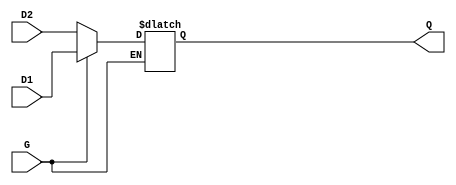
module dual_input_gated_latch (
    input wire D1,    // First data input
    input wire D2,    // Second data input
    input wire G,     // Gate control signal
    output reg Q      // Output
);

// Internal signal to hold the selected input
wire selected_input;

// Select the input based on some condition (for example, priority for D1 over D2)
assign selected_input = (G) ? D1 : D2;

// Always block to handle the gated latch functionality
always @(G or selected_input) begin
    if (G) begin
        // When G is high, capture the selected input
        Q <= selected_input;
    end
    // When G is low, retain the last value of Q
end

endmodule